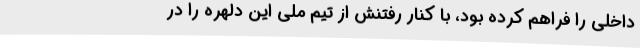
داخلی را فراهم کرده بود، با کنار رفتنش از تیم ملی این دلهره را در